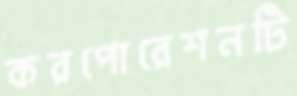
করপোরেশনটি